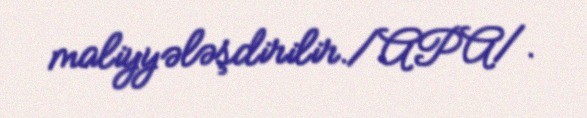
maliyyələşdirilir./APA/.